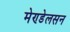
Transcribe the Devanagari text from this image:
मेण्डेलसन